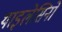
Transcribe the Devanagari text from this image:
थाइलेसिनों